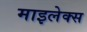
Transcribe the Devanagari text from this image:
माइलेक्स